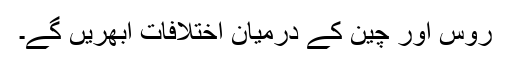
روس اور چین کے درمیان اختلافات ابھریں گے۔